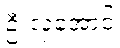
ဦးလှအောင်